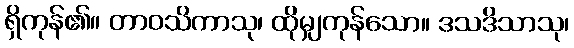
ရှိကုန်၏။ တာဝသိကာသု၊ ထိုမျှကုန်သော။ ဒသဒိသာသု၊